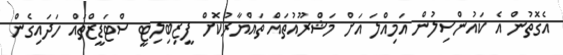
އެގޮތުން އެ ކައުންސިލުން އަމިއްލަ އަށް މަަޝްރޫއުތައް ތައްޔާރުކޮށް ފީޒިބިލިޓީ ސްޓަޑީޒްތައް ހަދައިގެން